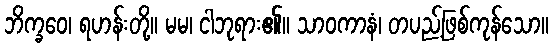
ဘိက္ခဝေ၊ ရဟန်းတို့။ မမ၊ ငါဘုရား၏။ သာဝကာနံ၊ တပည့်ဖြစ်ကုန်သော။